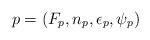
LaTeX: \begin{align*}p = (F_p,n_p,\epsilon_p,\psi_p)\end{align*}